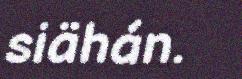
siähán.